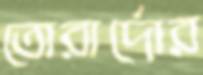
তোরার্দোর